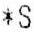
*S